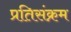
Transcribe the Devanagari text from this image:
प्रतिसंक्रम